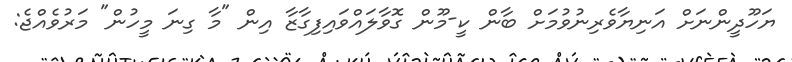
ޔަހޫދީންނަށް އަނިޔާވެރިނުވުމަށް ބާން ކީ-މޫން ގޮވާލައްވައިފިގާޒާ އިން "މާ ގިނަ މީހުން" މަރުވެއްޖެ: